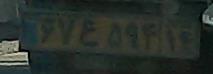
۶۷ع۵۹۴۱۴